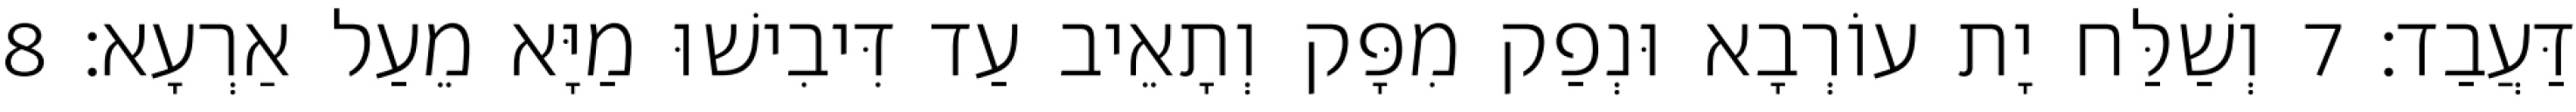
דַּעֲבַד׃ 7 וְשַׁלַּח יָת עוֹרְבָא וּנְפַק מִפָּק וְתָאֵיב עַד דִּיבִישׁוּ מַיָּא מֵעַל אַרְעָא׃ 8